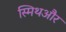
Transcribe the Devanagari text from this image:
स्मिथऔर